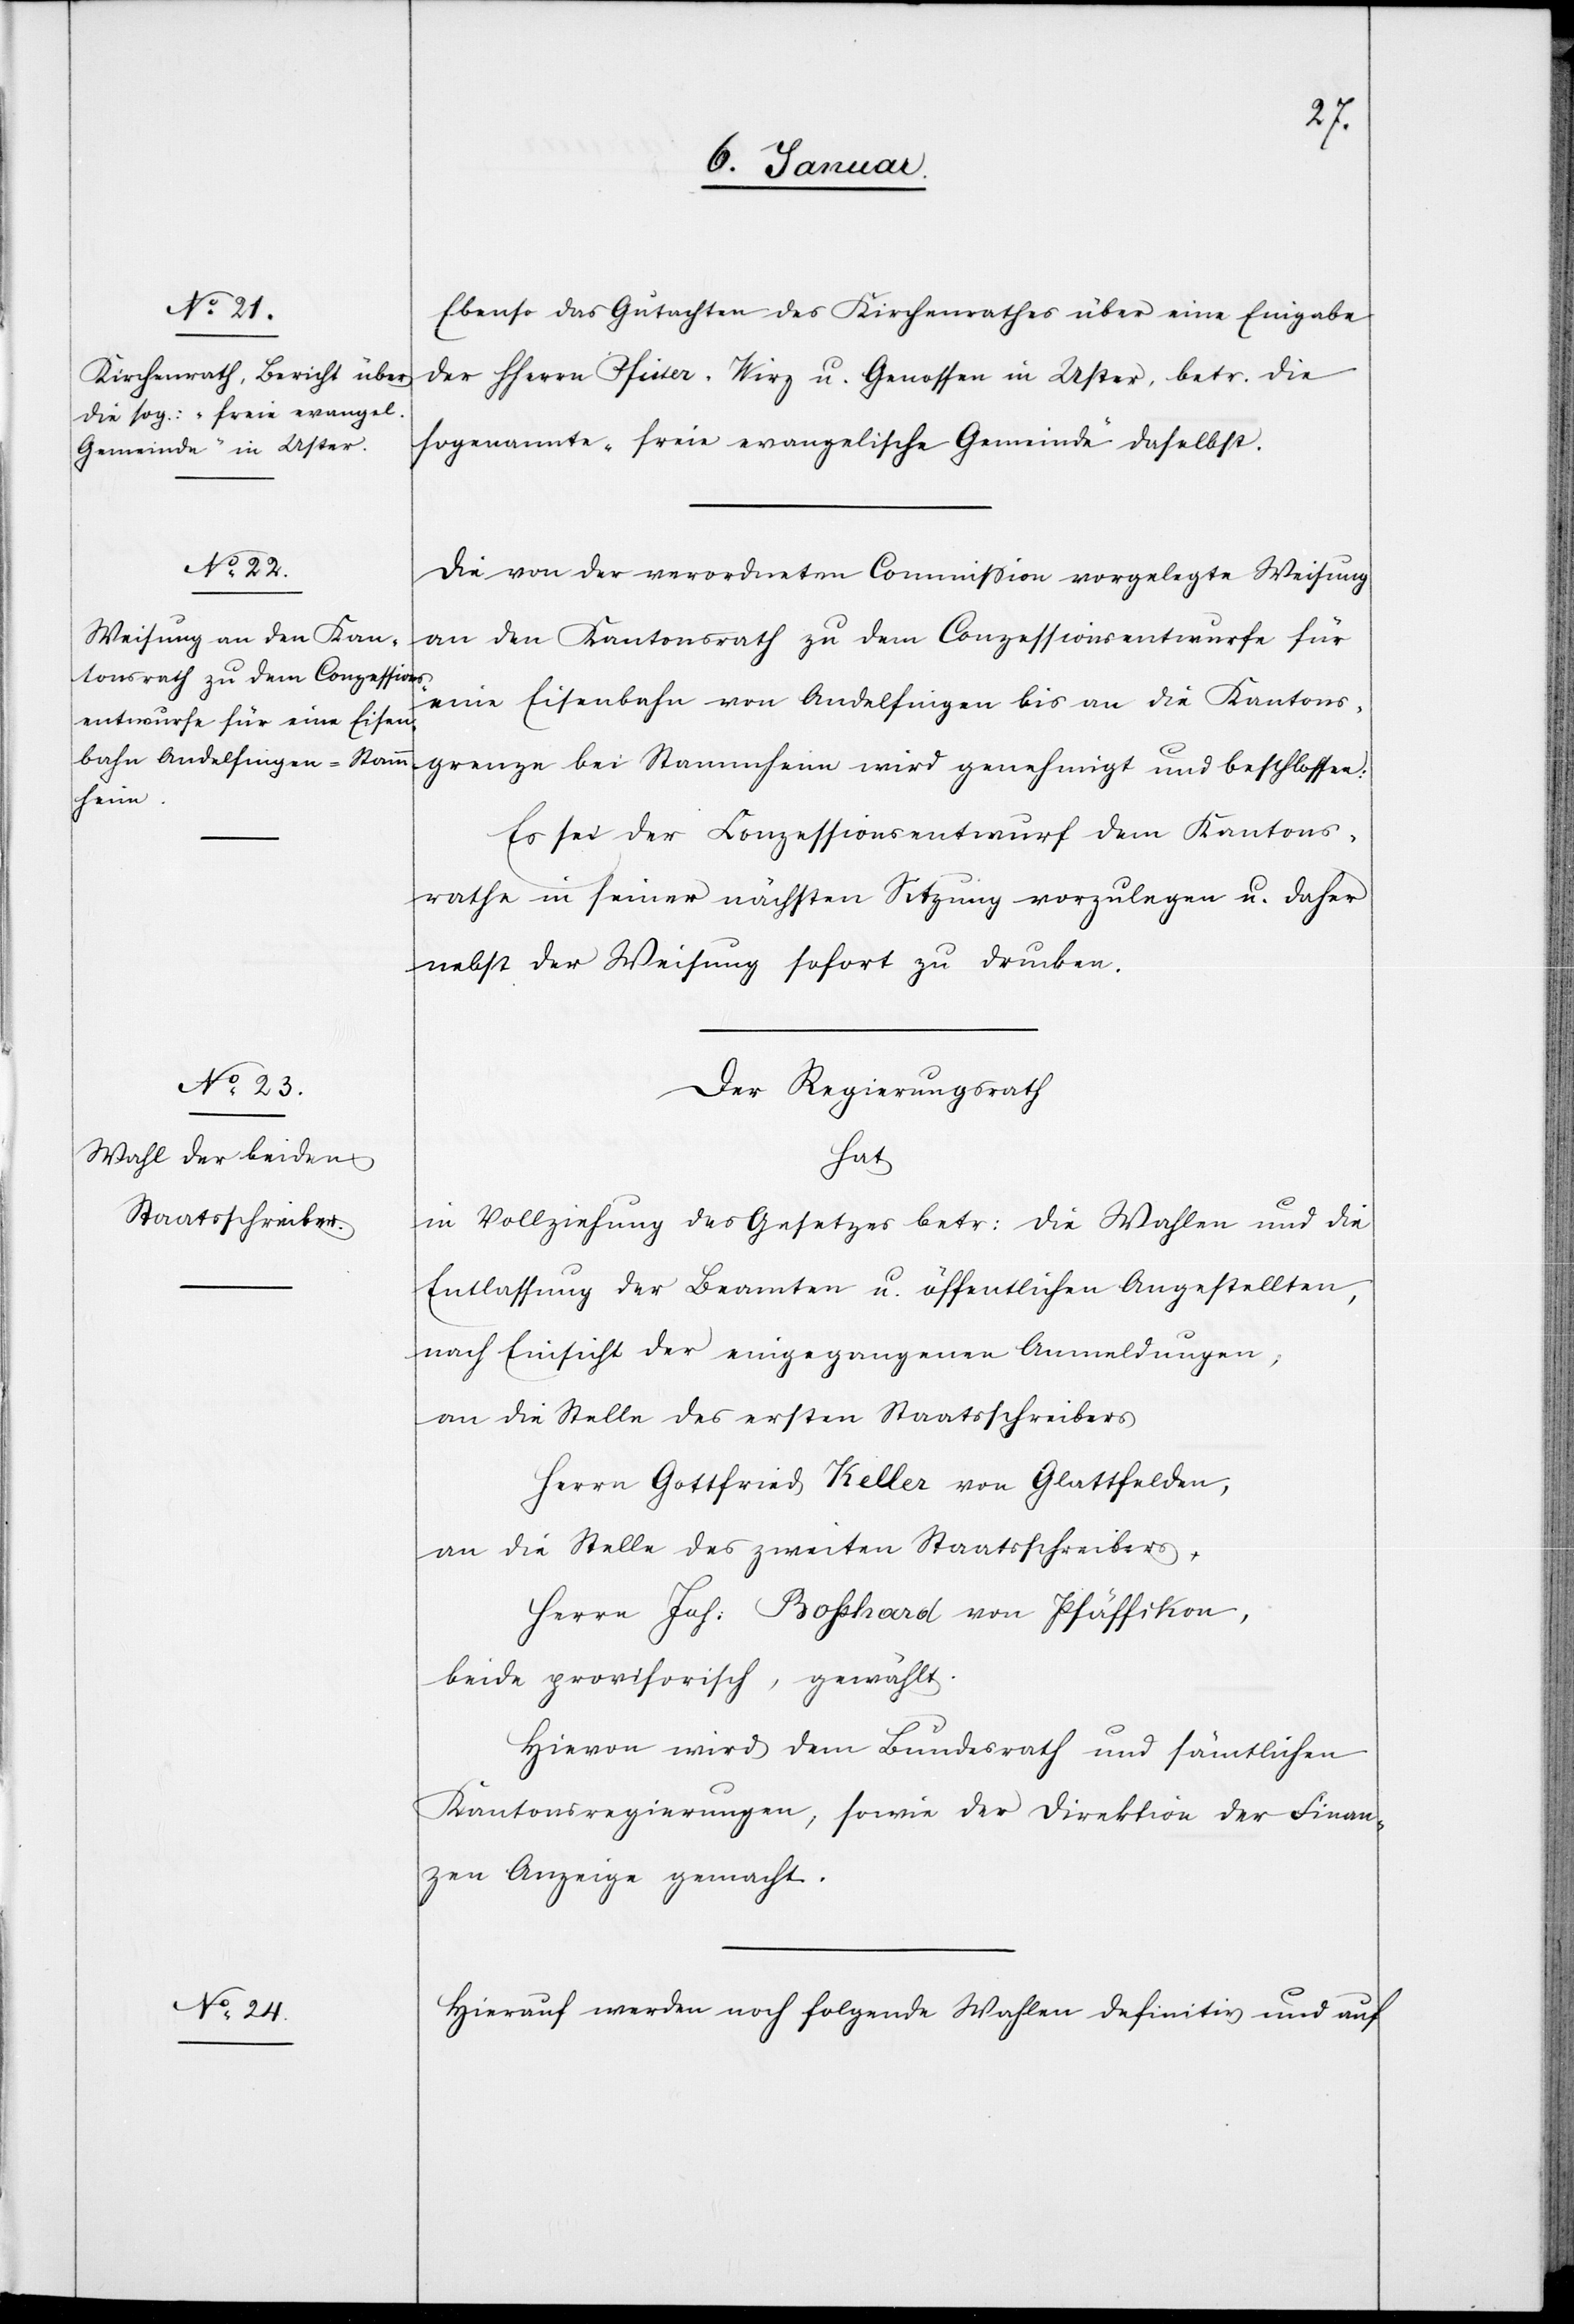
Ebenso das Gutachten des Kirchenrathes über eine Eingabe
der HHerrn Pfister, Wirz u. Genossen in Uster, betr. die
sogenannte „freie evangelische Gemeinde“ daselbst.
Die von der verordneten Commission vorgelegte Weisung
an den Kantonsrath zu dem Conzessionsentwurfe für
eine Eisenbahn von Andelfingen bis an die Kantons¬
grenze bei Stammheim wird genehmigt und beschlossen:
Es sei der Konzessionsentwurf dem Kantons¬
rathe in seiner nächsten Sitzung vorzulegen u. daher
nebst der Weisung sofort zu drucken.
Der Regierungsrath
hat
in Vollziehung des Gesetzes betr: die Wahlen und die
Entlassung der Beamten u. öffentlichen Angestellten,
nach Einsicht der eingegangenen Anmeldungen,
an die Stelle des ersten Staatsschreibers
Herrn Gottfried Keller von Glattfelden,
an die Stelle des zweiten Staatsschreibers
Herrn Joh. Bosshard von Pfäffikon,
beide provisorisch, gewählt.
Hievon wird dem Bundesrath und sämtlichen
Kantonsregierungen, sowie der Direktion der Finan¬
zen Anzeige gemacht.
Hierauf werden noch folgende Wahlen definitiv und auf